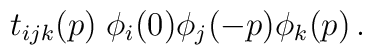
t_{ijk} (p) \;\phi_i (0) \phi_j (-p) \phi_k (p)\, .